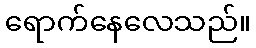
ရောက်နေလေသည်။